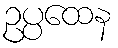
ဥပ္ပထေန